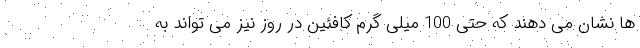
ها نشان می دهند که حتی 100 میلی گرم کافئین در روز نیز می تواند به